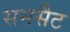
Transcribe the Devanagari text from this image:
सनसैट